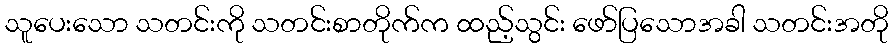
သူပေးသော သတင်းကို သတင်းစာတိုက်က ထည့်သွင်း ဖော်ပြသောအခါ သတင်းအတို